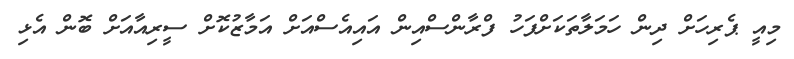
މިއީ ޕެރިހަށް ދިން ހަމަލާތަކަށްފަހު ފްރާންސްއިން އައިއެސްއަށް އަމާޒުކޮށް ސީރިއާއަށް ބޮން އެޅި